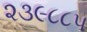
૨૩૯૮૮૫